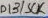
Text: D13/SCK